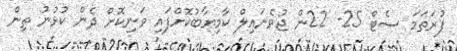
ފުރަތަމަ ސެޓް 25- 22ން ޖުވެނައިލް ކާމިޔާބުކޮށްފައި ވަނިކޮށް ދެން ކުޅުނު ތިން